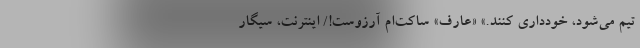
تیم می‌شود، خودداری کنند.» «عارفِ» ساکت‌ام آرزوست!/ اینترنت، سیگار